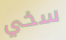
سخي